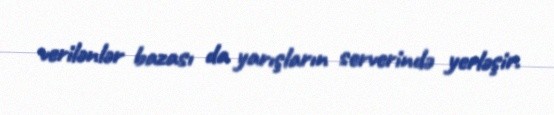
verilənlər bazası da yarışların serverində yerləşir.